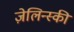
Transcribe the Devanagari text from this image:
ज़ेलिन्स्की